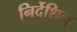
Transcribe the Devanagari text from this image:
निर्देशिन्